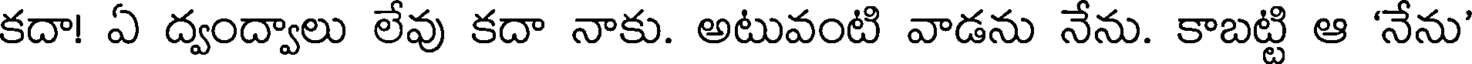
కదా! ఏ ద్వంద్వాలు లేవు కదా నాకు. అటువంటి వాడను నేను. కాబట్టి ఆ 'నేను